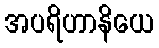
အပရိဟာနိယေ